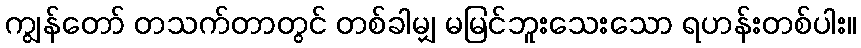
ကျွန်တော် တသက်တာတွင် တစ်ခါမျှ မမြင်ဘူးသေးသော ရဟန်းတစ်ပါး။